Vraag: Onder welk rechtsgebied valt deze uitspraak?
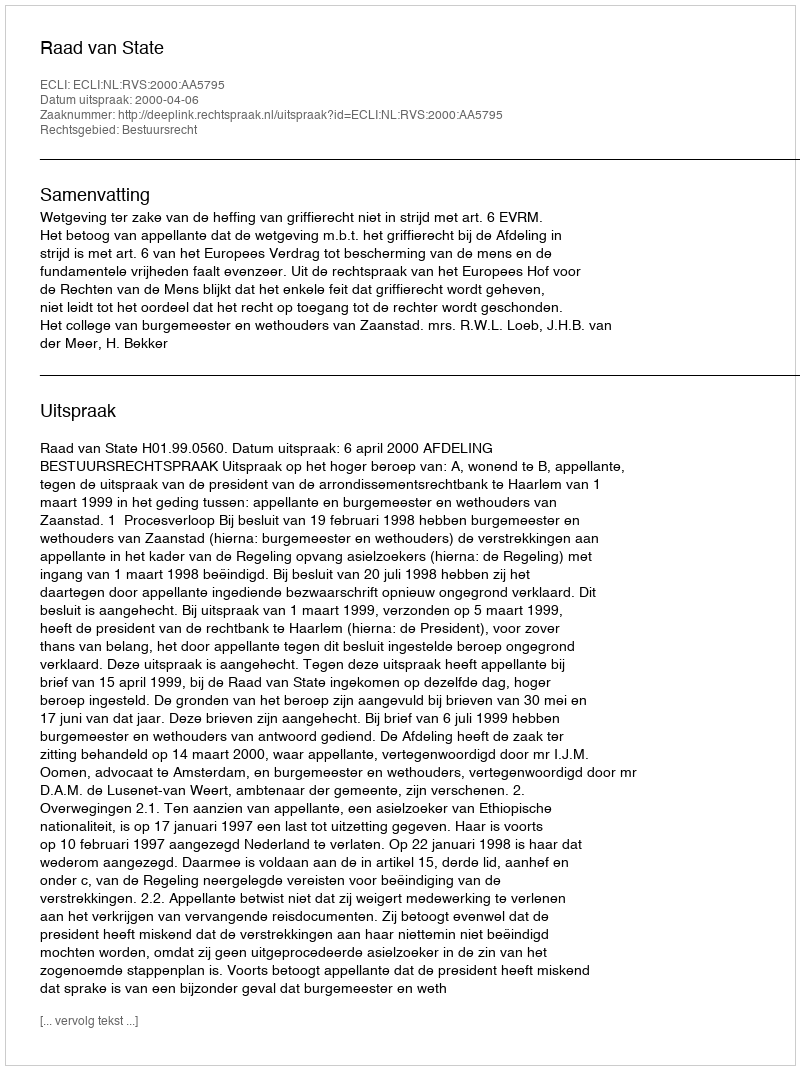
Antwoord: Bestuursrecht